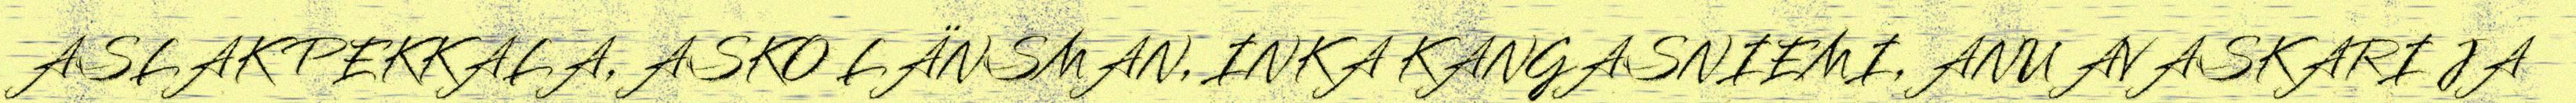
ASLAK PEKKALA, ASKO LÄNSMAN, INKA KANGASNIEMI, ANU AVASKARI JA